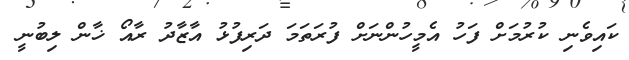
ކައިވެނި ކުރުމަށް ފަހު އެމީހުންނަަށް ފުރަތަމަ ދަރިފުޅު އާޒާދު ރާއޯ ޚާން ލިބުނީ